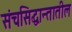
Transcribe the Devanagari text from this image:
संचसिद्धान्तातील